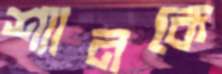
শ্যানকে